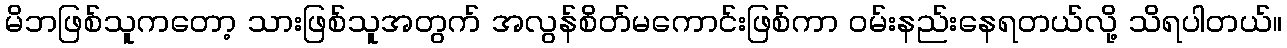
မိဘဖြစ်သူကတော့ သားဖြစ်သူအတွက် အလွန်စိတ်မကောင်းဖြစ်ကာ ဝမ်းနည်းနေရတယ်လို့ သိရပါတယ်။